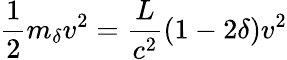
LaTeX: {\frac{1}{2}}m_{\delta}v^{2}=\frac{L}{c^{2}}(1-2\delta)v^{2}